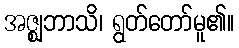
အဇ္ဈဘာသိ၊ ရွတ်တော်မူ၏။